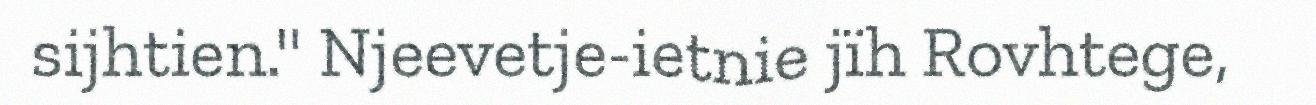
sijhtien." Njeevetje-ietnie jïh Rovhtege,